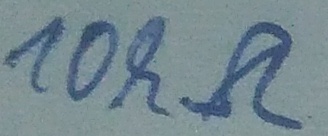
Text: 10kΩ